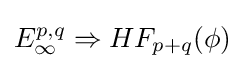
E_{\infty }^{p,q}\Rightarrow HF_{p+q}(\phi )